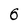
Character: 6